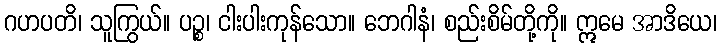
ဂဟပတိ၊ သူကြွယ်။ ပဉ္စ၊ ငါးပါးကုန်သော။ ဘေဂါနံ၊ စည်းစိမ်တို့ကို။ ဣမေ အာဒိယေ၊